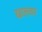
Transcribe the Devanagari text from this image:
खालवर